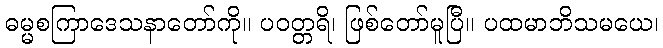
ဓမ္မစကြာဒေသနာတော်ကို။ ပဝတ္တရိ၊ ဖြစ်တော်မူပြီ။ ပထမာဘိသမယေ၊